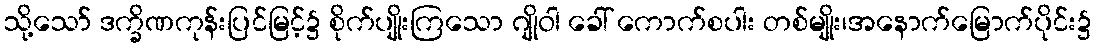
သို့သော် ဒက္ခိဏကုန်းပြင်မြင့်၌ စိုက်ပျိုးကြသော ဂျိုဝါ ခေါ် ကောက်စပါး တစ်မျိုး၊အနောက်မြောက်ပိုင်း၌